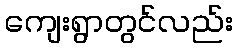
ကျေးရွာတွင်လည်း